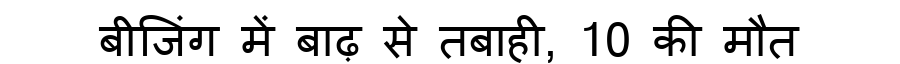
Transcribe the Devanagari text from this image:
बीजिंग में बाढ़ से तबाही, 10 की मौत